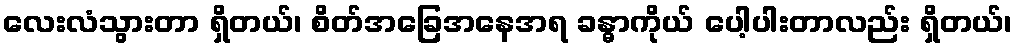
လေးလံသွားတာ ရှိတယ်၊ စိတ်အခြေအနေအရ ခန္ဓာကိုယ် ပေါ့ပါးတာလည်း ရှိတယ်၊